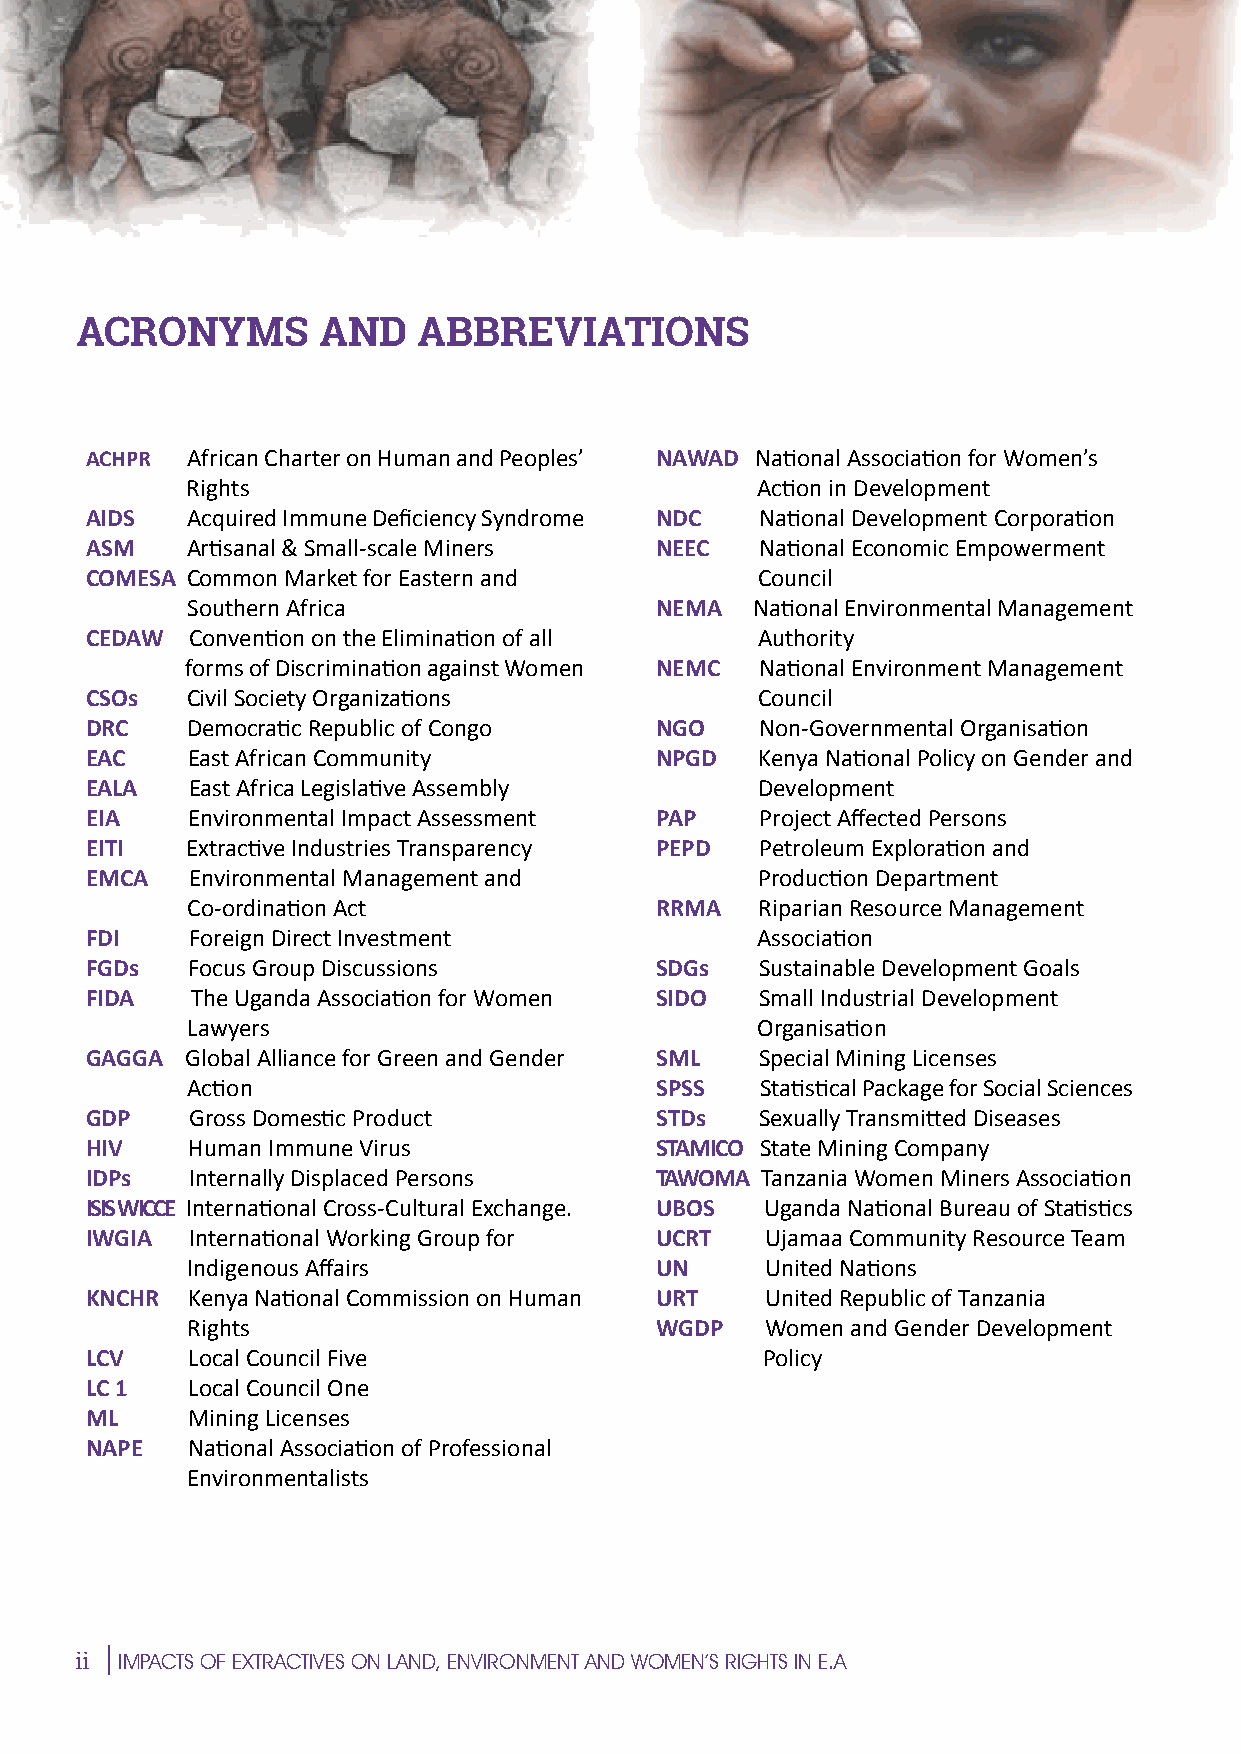
N
 S
 ACRONYMS        AND    ABBREVIATIONS         E
 ACHPR African Charter on Human and Peoples’ NAWAD National Association for Women’s    P
 M
 Rights                                Action in Development
 AIDS  Acquired Immune Deficiency Syndrome NDC National Development Corporation
 ASM   Artisanal & Small-scale Miners NEEC   National Economic Empowerment
 COMESA Common Market for Eastern and        Council
 Southern Africa                NEMA   National Environmental Management                E
 CEDAW  Convention on the Elimination of all Authority
 forms of Discrimination against Women NEMC National Environment Management
 CSOs  Civil Society Organizations E         Council
 DRC   Democratic Republic of Congo   NGO    Non-Governmental Organisation
 EAC   East African Community         NPGD   Kenya National Policy on Gender and                     C
 EALA   East Africa Legislative Assembly     Development
 EIA   Environmental Impact Assessment PAP   Project Affected Persons
 EITI  Extractive Industries TranspIarency PEPD Petroleum Exploration and                                    I
 EMCA   Environmental Management and         Production Department
 Co-ordination Act              RRMA   Riparian Resource Management
 FDI    Foreign Direct InvestmCent           Association
 FGDs   Focus Group Discussions       SDGs   Sustainable Development Goals
 FIDA   The Uganda Association for Women SIDO Small Industrial Development                                      E
 Lawyers                               Organisation
 GAGGA Global Alliance for Green and Gender SML Special Mining Licenses
 Action                         SPSS   Statistical Package for Social Sciences
 E
 GDP    Gross Domestic Product        STDs   Sexually Transmitted Diseases
 HIV    Human Immune Virus            STAMICO State Mining Company                                                     M
 IDPs   Internally Displaced Persons  TAWOMA Tanzania Women Miners Association
 ISIS WICCE International Cross-Cultural Exchange. UBOS Uganda National Bureau of Statistics
 IWGIA  International Working Group for UCRT  Ujamaa Community Resource Team
 IndPigenous Affairs            UN      United Nations
 KNCHR  Kenya National Commission on Human URT United Republic of Tanzania
 Rights                         WGDP    Women and Gender Development
 E
 LCV    Local Council Five                    Policy
 LC 1   Local Council One
 ML     Mining Licenses
 S
 NAPE   National Association of Professional
 Environmentalists
 N
 ii
 IMPACTS OF EXTRACTIVES ON LAND, ENVIRONMENT AND WOMEN’S RIGHTS IN E.A